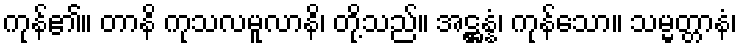
ကုန်၏။ တာနိ ကုသလမူလာနိ၊ တို့သည်။ အဋ္ဌန္နံ၊ ကုန်သော။ သမ္မတ္တာနံ၊